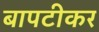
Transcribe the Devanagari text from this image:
बापटीकर